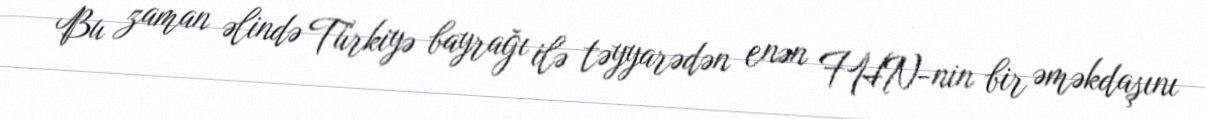
Bu zaman əlində Türkiyə bayrağı ilə təyyarədən enən FHN-nin bir əməkdaşını